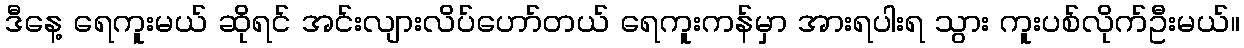
ဒီနေ့ ရေကူးမယ် ဆိုရင် အင်းလျားလိပ်ဟော်တယ် ရေကူးကန်မှာ အားရပါးရ သွား ကူးပစ်လိုက်ဦးမယ်။